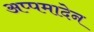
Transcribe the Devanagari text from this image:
अप्पमादेन